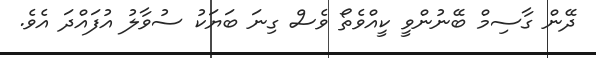
ދޭން ގާސިމް ބޭނުންވީ ކީއްވެތޯ ވެސް ގިނަ ބަޔަކު ސުވާލު އުފައްދަ އެވެ.